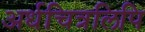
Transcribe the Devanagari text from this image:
अर्धचित्रलिपि